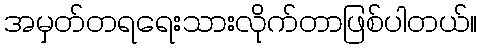
အမှတ်တရရေးသားလိုက်တာဖြစ်ပါတယ်။